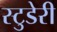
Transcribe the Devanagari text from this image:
स्टुडेरी